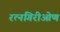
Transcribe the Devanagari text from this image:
रत्नगिरीओण